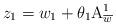
LaTeX: \begin{align*}z_{1}=w_{1}+\theta _{1}\mathrm{A}_{\overline{w}}^{1}\end{align*}